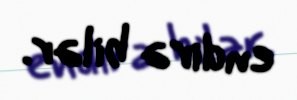
endirə bilər.